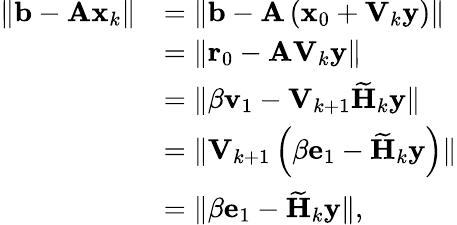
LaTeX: \begin{array}{rl}{\| \mathbf{b}-\mathbf{Ax}_{k}\| }&{=\| \mathbf{b}-\mathbf{A}\left(\mathbf{x}_{0}+\mathbf{V}_{k}\mathbf{y}\right)\| }\\ &{=\| \mathbf{r}_{0}-\mathbf{AV}_{k}\mathbf{y}\| }\\ &{=\| \beta\mathbf{v}_{1}-\mathbf{V}_{k+1}\widetilde{\mathbf{H}}_{k}\mathbf{y}\| }\\ &{=\| \mathbf{V}_{k+1}\left(\beta\mathbf{e}_{1}-\widetilde{\mathbf{H}}_{k}\mathbf{y}\right)\| }\\ &{=\| \beta\mathbf{e}_{1}-\widetilde{\mathbf{H}}_{k}\mathbf{y}\| ,}\end{array}